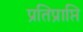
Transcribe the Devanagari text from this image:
प्रतिप्राप्ति